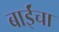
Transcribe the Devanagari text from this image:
बाईंचा